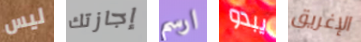
ليس إجازتك ارسم يبدو الإغريق